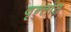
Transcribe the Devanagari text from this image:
वृन्तांत